Civil Veterinary Department Bihar & Orissa reports 1911-21 - 1911-1921
Year: 1911
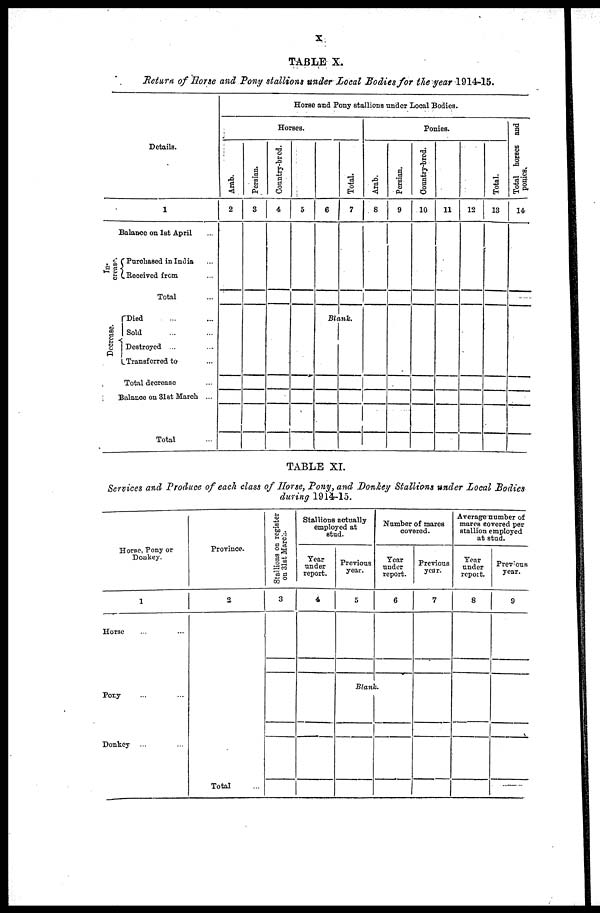
X
TABLE X.
Return of Horse and Tony stallions under Local Bodies for the year 1914-15.
Details.
1
Balance on 1st April ...
In-
crease.
Decrease
Purchased in India ...
Received from ...
Total
Died ... ...
Sold ... ...
Destroyed ... ...
Transferred to ...
Total decrease
Balance on 31st March ...
Total ...
Horse and Pony stallions under Local Bodies.
Horses.
Arab.
2
Persian.
3
Country-bred.
4
5
6
Total.
7
Blank
Ponies.
Arab.
8
Persian.
9
Country-bred.
10
11
12
Total.
13
Total horses and
ponies.
14
TABLE XI.
Services and Produce of each class of Horse, Pony, and Donkey Stallions under Local Bodies
during 1914-15.
Horse, Pony or
Donkey.
1
Horse ... ...
Pony ... ...
Donkey ... ...
Province.
2
Total ...
Stallions on register
on
31st March.
3
Stallions actually
employed at
stud.
Year
under
report.
4
Previous
year.
5
Number of mares
covered.
Year
under
report.
6
Blank.
Previous
year.
7
Average number of
mares covered per
stallion employed
at stud.
Year
under
report.
8
Previous
year.
9